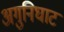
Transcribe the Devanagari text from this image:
अगुनिघाट